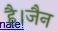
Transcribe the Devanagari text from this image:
है।जैन